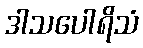
ဒါသပေါရိသံ